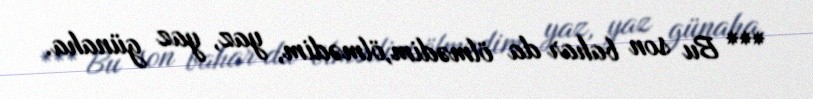
*** Bu son bahar da ölmədim,ölmədim, yaz, yaz günaha.